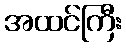
အထင်ကြီး